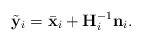
LaTeX: \begin{align*} \tilde{\mathbf{y}}_i= \bar{\mathbf{x}}_i+ \mathbf{H}^{-1}_i \mathbf{n}_i.\end{align*}